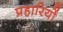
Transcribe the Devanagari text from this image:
प्रहारियों